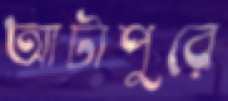
আটাপুরে